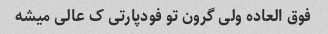
فوق العاده ولی گرون تو فودپارتی ک عالی میشه